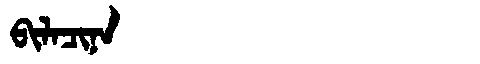
Manchu: ᠪᡳᠯᠠᠴᡳᠨᠠ
Romanization: BILACINA